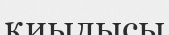
қиылысы